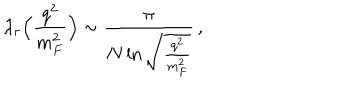
\lambda _ { r } \Bigl ( \frac { q ^ { 2 } } { m _ { F } ^ { 2 } } \Bigr ) \sim \frac { \pi } { N \ln \sqrt { \frac { q ^ { 2 } } { m _ { F } ^ { 2 } } } } \, ,